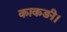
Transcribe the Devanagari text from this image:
काकङी।